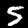
Label: 5